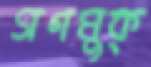
গণমুক্